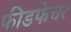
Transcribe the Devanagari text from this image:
फीडफेचर